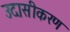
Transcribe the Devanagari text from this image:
उदासीकरण